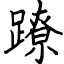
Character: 蹽